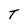
Character: T